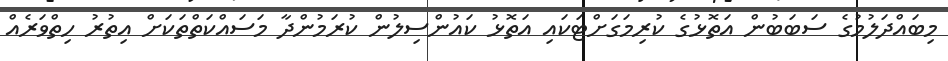
މިބައްދަލުމުގެ ސަބަބުން އަތޮޅުގެ ކުރިމަގަށްޓަކައި އަތޮޅު ކައުންސިލުން ކުރަމުންދާ މަސައްކަތްތަކަށް އިތުރު ހިތްވަރެއް